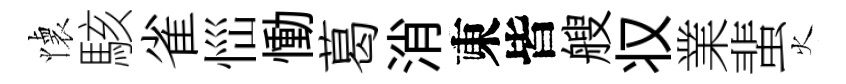
懐駭雀𢙉慟葛消東皆艘𠬧業蜚火